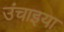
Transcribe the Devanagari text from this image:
उंचाइया